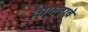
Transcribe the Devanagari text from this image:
वाफवावे